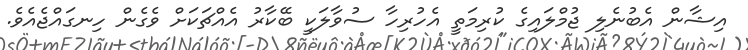
އިޝާން އެބުނެލި ޖުމްލައިގެ ކުރިމަތީ އެހުރިހާ ސުވާލަކީ ބޭކާރު އެއްޗަކަށް ވެގެން ހިނގައްޖެއެވެ.